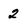
Character: 2